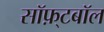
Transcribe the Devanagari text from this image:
सॉफ़्टबॉल